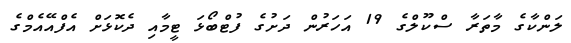
ލަންކާގެ މާތަރާ ސްކޫލްގެ 19 އަހަރުން ދަށުގެ ފުޓްބޯޅަ ޓީމާއި ދެކޮޅަށް އެފްއޭއެމްގެ